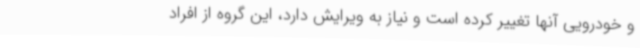
و خودرویی آنها تغییر کرده است و نیاز به ویرایش دارد، این گروه از افراد